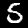
Label: 5